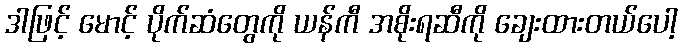
ဒါဖြင့် မောင့် ပိုက်ဆံတွေကို ယန်ကီ အစိုးရဆီကို ချေးထားတယ်ပေါ့